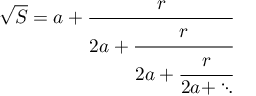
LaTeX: { \sqrt { S } } = a + { \cfrac { r } { 2 a + { \cfrac { r } { 2 a + { \cfrac { r } { 2 a + \ddots } } } } } }